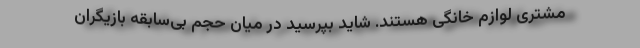
مشتری لوازم خانگی هستند. شاید بپرسید در میان حجم بی‌سابقه بازیگران